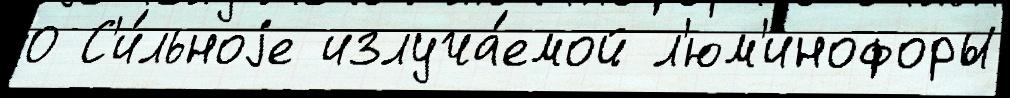
0 С'и́льноjе излуча́емой л'юм'инофоры